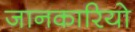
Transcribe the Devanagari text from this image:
जानकारियो